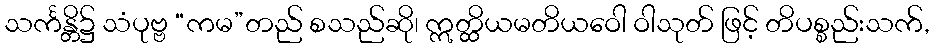
သင်္ကန္တိ၌ သံပုဗ္ဗ “ကမ”တည် စသည်ဆို၊ ဣတ္ထိယမတိယဝေါ ဝါသုတ် ဖြင့် တိပစ္စည်းသက်,